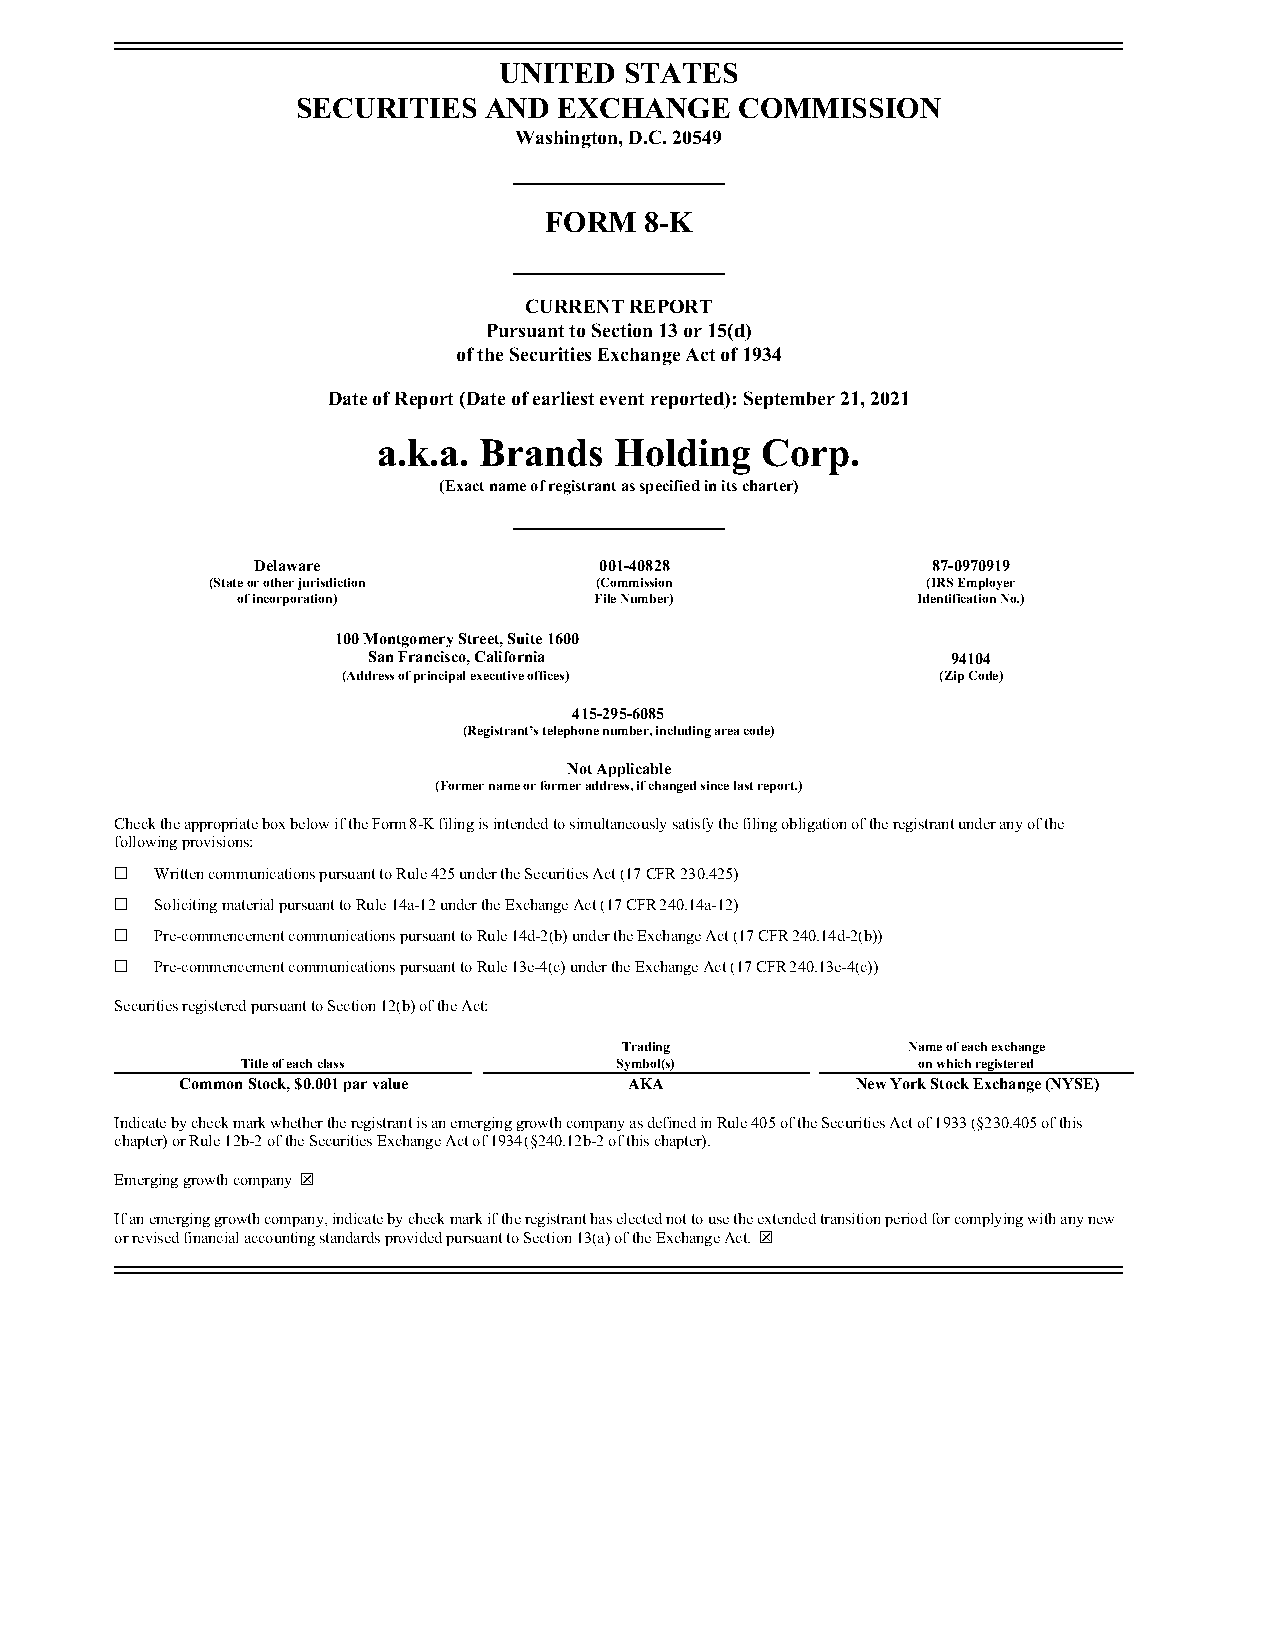
UNITED  STATES
 SECURITIES  AND  EXCHANGE    COMMISSION
 Washington, D.C. 20549
 FORM   8-K
 CURRENT REPORT
 Pursuant to Section 13 or 15(d)
 of the Securities Exchange Act of 1934
 Date of Report (Date of earliest event reported): September 21, 2021
 a.k.a. Brands   Holding  Corp.
 (Exact name of registrant as specified in its charter)
 Delaware               001-40828             87-0970919
 (State or other jurisdiction (Commission       (IRS Employer
 of incorporation)      File Number)          Identification No.)
 100 Montgomery Street, Suite 1600
 San Francisco, California              94104
 (Address of principal executive offices) (Zip Code)
 415-295-6085
 (Registrant’s telephone number, including area code)
 Not Applicable
 (Former name or former address, if changed since last report.)
 Check the appropriate box below if the Form 8-K filing is intended to simultaneously satisfy the filing obligation of the registrant under any of the
 following provisions:
 ☐ Written communications pursuant to Rule 425 under the Securities Act (17 CFR 230.425)
 ☐ Soliciting material pursuant to Rule 14a-12 under the Exchange Act (17 CFR 240.14a-12)
 ☐ Pre-commencement communications pursuant to Rule 14d-2(b) under the Exchange Act (17 CFR 240.14d-2(b))
 ☐ Pre-commencement communications pursuant to Rule 13e-4(c) under the Exchange Act (17 CFR 240.13e-4(c))
 Securities registered pursuant to Section 12(b) of the Act:
 Trading            Name of each exchange
 Title of each class      Symbol(s)           on which registered
 Common Stock, $0.001 par value AKA           New York Stock Exchange (NYSE)
 Indicate by check mark whether the registrant is an emerging growth company as defined in Rule 405 of the Securities Act of 1933 (§230.405 of this
 chapter) or Rule 12b-2 of the Securities Exchange Act of 1934 (§240.12b-2 of this chapter).
 Emerging growth company ☒
 If an emerging growth company, indicate by check mark if the registrant has elected not to use the extended transition period for complying with any new
 or revised financial accounting standards provided pursuant to Section 13(a) of the Exchange Act. ☒